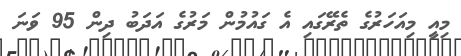
މިއީ މިއަހަރުގެ ތެރޭގައި އެ ގައުމުން މަރުގެ އަދަބު ދިން 95 ވަނަ